King Institute of Preventive Medicine Bacteriolog. Section reports 1907-08
Year: 1907
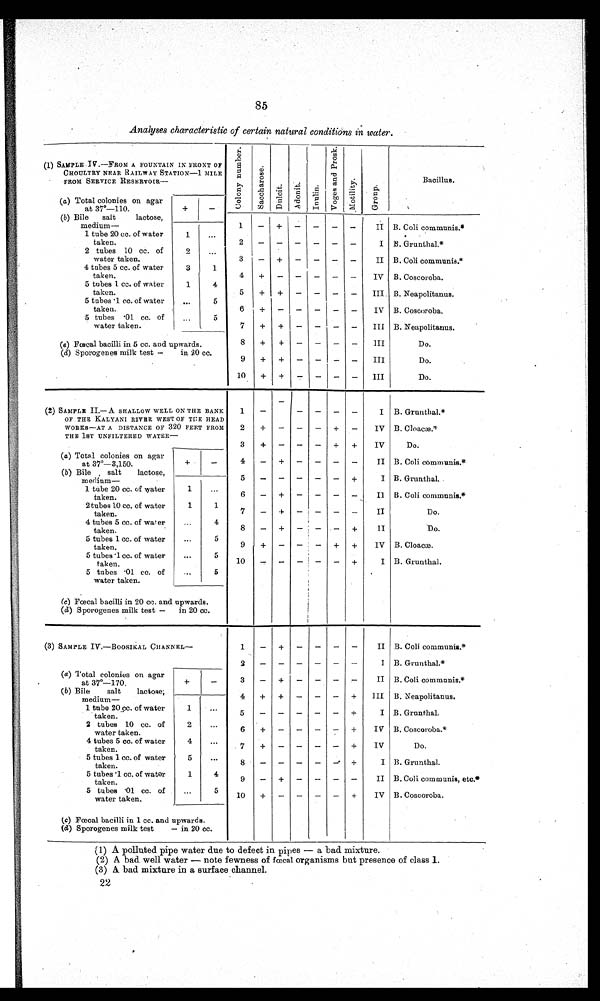
85
Analyses characteristic of certain natural conditions in water.
(1) SAMPLE IV.—FROM A FOUNTAIN IN FRONT OF
CHOULTRY NEAR RAILWAY STATION—I MILE
FROM SERVICE RESERVOIR.—
C o l o n y n u m b e r .
S a c c h a r o s e
. D u l c i t .
A d o n i t .
I n u l i n .
V o g e s a n d P r o s k .
M o t i l i t y
.
G r o u p .
Bacillus .
_
(a) Total colonies on agar
at 37°—110.
+
—
(b) Bile
salt
lactose,
medium—
1 tube 20 cc. of water
1
taken.
2 tubes 10 cc. of
2
..,
water taken.
4 tubes 5 cc. of water
3
1
taken.
5 tubes 1 cc. of water
1
4
taken.
5 tubes '1 cc. of water
...
5
taken
5 tubes •01 cc. of
„ ,
5
water taken.
(a) Fœcal bacilli in 5 cc. and upwards.
(d) Sporogenes milk test —
in 20 cc.
1
.
1
—
+
—
—
—
—
II
I
3
— + — — — —
II
4
+
—
—
—
—
—
IV
5
+
+
—
—
—
—
III.
6
+
—
—
—
—
—
IV
7
+ + I– – – –
III
8
+
+
—
—
—
—
III
9
+
+
—
—
III
1 0 + +
-
—
—
—
III
B. Coli communis.*
. ,
B. Grunthal.*
B. Coli communis.*
B. Coscoroba.
B. Neapolitanus.
B. Coscoroba.
B. Neapolitanus.
Do.
Do.
Do.
(2) SAMPLE II.— A SHALLOW WELL ON THE BANK
OF THE KALYANI RIVER WEST OF THE HEAD
WORKS--AT A DISTANCE OF 320 FEET FROM
THE 1ST UNFILTERED WATER-
(a) Total colonies on agar
at 37°—3,150.
+
_
(b) Bile , salt
lactose,
medium—
1 tube 20 cc. of water
1
...
taken.
2 tubes 10 cc. of water
1
1
.
taken.
4 tubes 5 cc. of water
...
4
taken.
5 tubes 1 cc. of water
...
5
taken.
5 tubes • 1 cc. of water
...
5
taken.
5 tubes • 01 cc. of
5
water taken.
•
1
—
—
—
—
—
I
2
+
—
—
—
+
—
IV
3
+
—
—
—
+
+
IV
4
—
+
—
—
—
—
II
5
—
—
—
—
—
+
I
6
—
+
— I—
—
—
Il
7
—
+
—
—
—
—
II
8
—
+
—
+
II
9
+
—
+
+
IV
10
—
—
+
I
,
B. Grunthal.*
B. Cloacæ.*
Do.
B. Coli communis.'
B. Grunthal. .
B. Coli communis.*
Do.
Do.
B. Cloacæ.
B. Grunthal.
(c) Fœcal bacilli in 20 cc. and upwards.
(d) Sporogenes milk test —
in 20 cc.
(3) SAMPLE IV.—BOOSIKAL CHANNEL—
(a) Total colonies on agar
at 37º-170.
+
-
(b) Bile
salt
lactose;
medium-
1 tube 20 cc. of water
1
.
taken.
2 tubes 10 cc. of
2
water tak en .
4 tubes 5 cc. of water
4
...
taken..
5 tubes 1 cc. of water
5
...
taken.
5 tubes . 1 cc, of water
1
4
taken.
5 tubes 01 cc. of
...
5
water taken.
1
—
+
—
—
—
—
II
I
3
—
+
—
—
—
—
II
4
+
+
—
—
—
+
III
5
—
—
—
—
—
+
I
6
+
—
—
—
—
+
IV
7
+
—
—
—
—
+
IV
8
—
—
—
—
+
I
9
—
+
—
—
—
—
II
10
+
—
—
—
—
+
IV
B. Coli communis.*
B. Grunthal.*
B. Coli communis.*
B. Neapolitanus.
B. Grunthal.
B. Coscoroba.*
Do.
B. Grunthal.
B. Coli communis, etc.*
B. Coscoroba,
(a) Fœcal bacilli in 1 cc. and upwards.
(d) Sporogenes milk test
— in 20 cc.
(1) A polluted pipe water due to defect in pipes — a bad mixture.
(2) A bad well water — note fewness of faecal organisms but presence of class 1.
(3) A bad mixture in a surface channel.
22
•